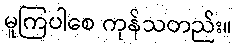
မူကြပါစေ ကုန်သတည်း။